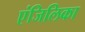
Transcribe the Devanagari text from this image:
एंजिलिका